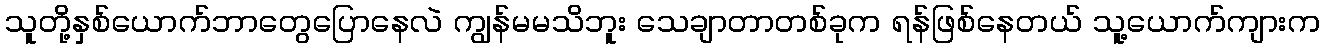
သူတို့နှစ်ယောက်ဘာတွေပြောနေလဲ ကျွန်မမသိဘူး သေချာတာတစ်ခုက ရန်ဖြစ်နေတယ် သူ့ယောက်ကျားက